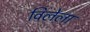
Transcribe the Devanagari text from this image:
विलेला